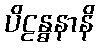
ပိဠန္ဓနာနိ